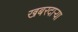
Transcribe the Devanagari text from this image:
खबरदार्‍या